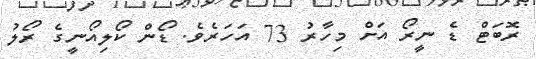
ރޮބަޓް ޑެ ނީރޯ އަށް މިހާރު 73 އަހަރެވެ. ޑޯން ކޯލިއޯނީގެ ރޯލު